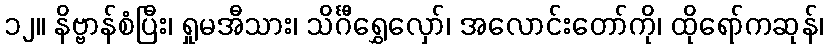
၁၂။ နိဗ္ဗာန်စံပြီး၊ ရှုမအီသား၊ သိင်္ဂီရွှေလှော်၊ အလောင်းတော်ကို၊ ထိုရော်ကဆုန်၊